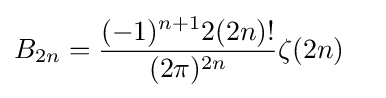
B_{2n}={\frac {(-1)^{n+1}2(2n)!}{(2\pi )^{2n}}}\zeta (2n)\quad